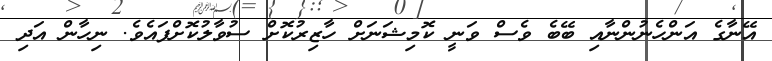
އޭނާގެ އަންހެނުންނާއި ބޭބެ ވެސް ވަނީ ކޮމިޝަނަށް ހާޒިރުކޮށް ސުވާލުކޮށްފައެވެ. ނިހާން އަދި